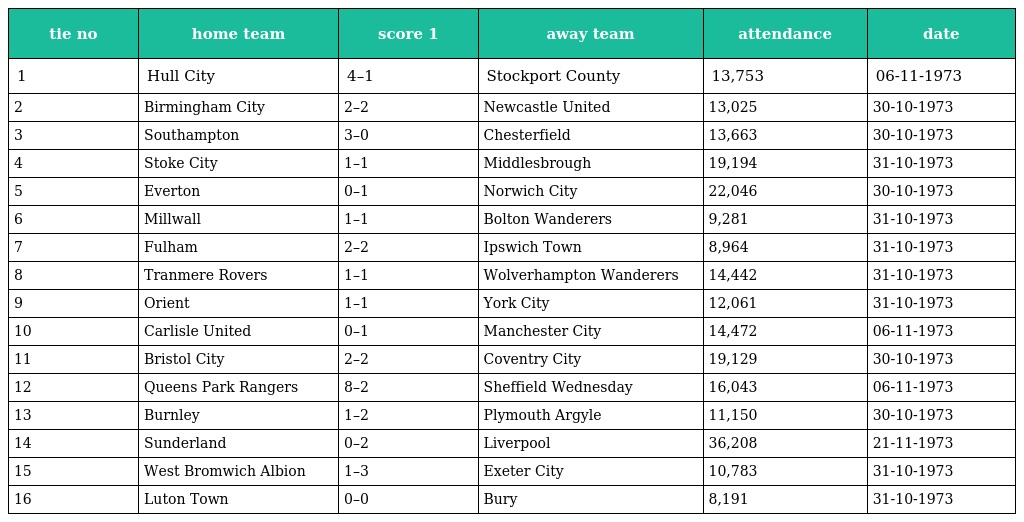
| tie no | home team | score 1 | away team | attendance | date |
 | --- | --- | --- | --- | --- | --- |
 | 1 | Hull City | 4–1 | Stockport County | 13,753 | 06-11-1973 |
 | 2 | Birmingham City | 2–2 | Newcastle United | 13,025 | 30-10-1973 |
 | 3 | Southampton | 3–0 | Chesterfield | 13,663 | 30-10-1973 |
 | 4 | Stoke City | 1–1 | Middlesbrough | 19,194 | 31-10-1973 |
 | 5 | Everton | 0–1 | Norwich City | 22,046 | 30-10-1973 |
 | 6 | Millwall | 1–1 | Bolton Wanderers | 9,281 | 31-10-1973 |
 | 7 | Fulham | 2–2 | Ipswich Town | 8,964 | 31-10-1973 |
 | 8 | Tranmere Rovers | 1–1 | Wolverhampton Wanderers | 14,442 | 31-10-1973 |
 | 9 | Orient | 1–1 | York City | 12,061 | 31-10-1973 |
 | 10 | Carlisle United | 0–1 | Manchester City | 14,472 | 06-11-1973 |
 | 11 | Bristol City | 2–2 | Coventry City | 19,129 | 30-10-1973 |
 | 12 | Queens Park Rangers | 8–2 | Sheffield Wednesday | 16,043 | 06-11-1973 |
 | 13 | Burnley | 1–2 | Plymouth Argyle | 11,150 | 30-10-1973 |
 | 14 | Sunderland | 0–2 | Liverpool | 36,208 | 21-11-1973 |
 | 15 | West Bromwich Albion | 1–3 | Exeter City | 10,783 | 31-10-1973 |
 | 16 | Luton Town | 0–0 | Bury | 8,191 | 31-10-1973 |